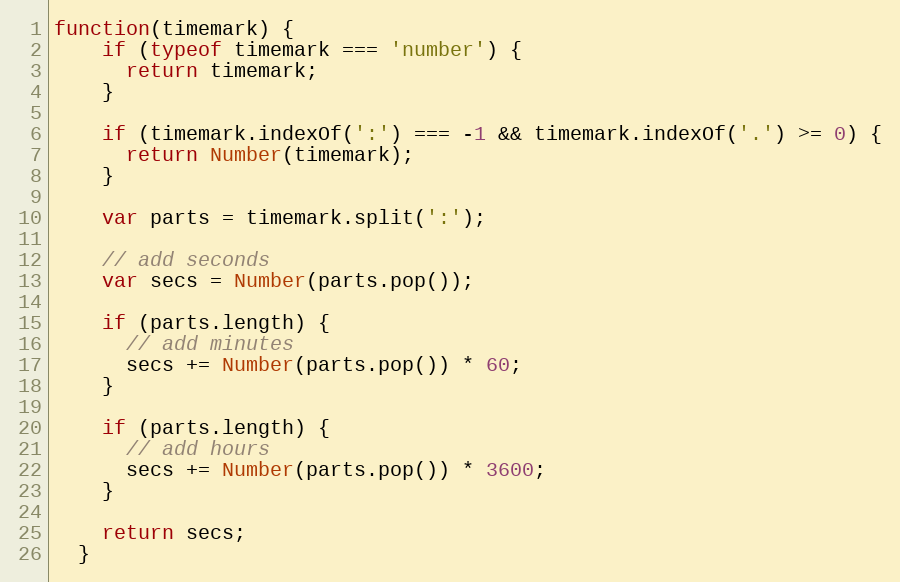
Language: JavaScript
function(timemark) {
    if (typeof timemark === 'number') {
      return timemark;
    }

    if (timemark.indexOf(':') === -1 && timemark.indexOf('.') >= 0) {
      return Number(timemark);
    }

    var parts = timemark.split(':');

    // add seconds
    var secs = Number(parts.pop());

    if (parts.length) {
      // add minutes
      secs += Number(parts.pop()) * 60;
    }

    if (parts.length) {
      // add hours
      secs += Number(parts.pop()) * 3600;
    }

    return secs;
  }